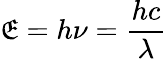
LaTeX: \mathfrak{E}=h\nu={\frac{{hc}}{{\lambda}}}